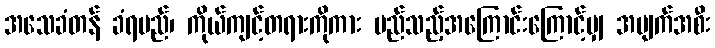
အသေခံတန် ခံရမည်၊ ကိုယ်ကျင့်တရားကိုကား မည်သည့်အကြောင်းကြောင့်မျှ အပျက်အစီး